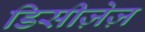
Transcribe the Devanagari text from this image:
डिसीज़ेज़